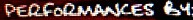
PERFORMANCES BY